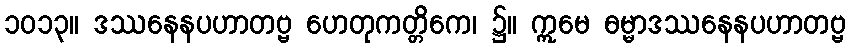
၁၀၁၃။ ဒဿနေနပဟာတဗ္ဗ ဟေတုကတ္တိကေ၊ ၌။ ဣမေ ဓမ္မာဒဿနေနပဟာတဗ္ဗ